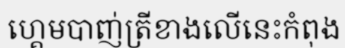
ហ្គេមបាញ់ត្រីខាងលើនេះកំពុង